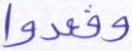
وقعدوا